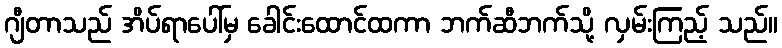
ဂျီတာသည် အိပ်ရာပေါ်မှ ခေါင်းထောင်ထကာ ဘက်ဆီဘက်သို့ လှမ်းကြည့် သည်။